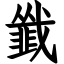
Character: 韱